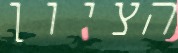
הציון